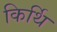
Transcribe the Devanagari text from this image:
किर्थि